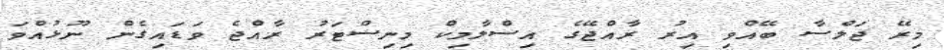
މިރޭ ޖަލްސާ ބޭއްވި އިރު ރާއްޖޭގެ އިސްލާމިކް މިނިސްޓަރު ރާއްޖެ ވަޑައިގެން ނޫޅުއްވަ